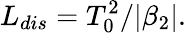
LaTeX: L_{dis}=T_{0}^{2}/|\beta_{2}|.